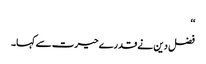
‘‘
فضل دین نے قدرے حیرت سے کہا۔